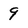
Character: 9